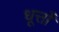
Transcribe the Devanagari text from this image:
धूर्त्तों